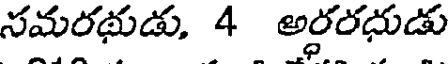
సమరథుడు, 4 అర్ధరధుడు